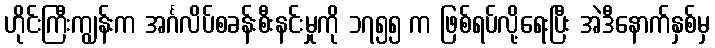
ဟိုင်းကြီးကျွန်းက အင်္ဂလိပ်စခန်းစီးနင်းမှုကို ၁၇၅၅ က ဖြစ်ရပ်လို့ရေးပြီး အဲဒီနောက်နှစ်မှ